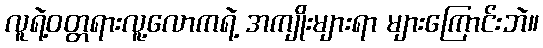
လူရဲ့ဝတ္တရားလူ့လောကရဲ့ အကျိုးများရာ များကြောင်းဘဲ။